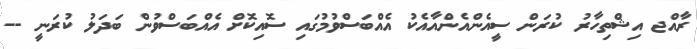
ރާއްޖ އިޝްތިހާރު ކުރަން ސީއެންއެންއާއެކު އެއްބަސްވުމުގައި ސޮއިކޮށް އެއްބަސްވުން ބަދަލު ކުރަނީ --